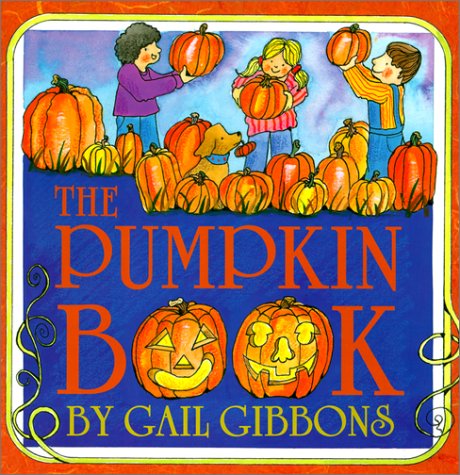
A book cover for The Pumpkin Book; Gail Gibbons; Children's Books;